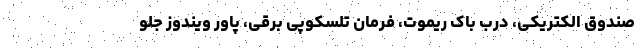
صندوق الکتریکی، درب باک ریموت، فرمان تلسکوپی برقی، پاور ویندوز جلو